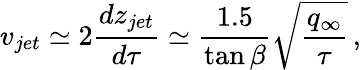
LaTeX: v_{jet}\simeq 2\frac{dz_{jet}}{d\tau}\simeq\frac{1.5}{\tan{\beta}}\sqrt{\frac{q_{\infty}}{\tau}}\, ,